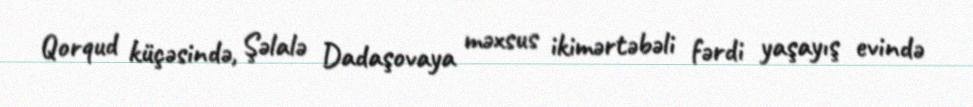
Qorqud küçəsində, Şəlalə Dadaşovaya məxsus ikimərtəbəli fərdi yaşayış evində